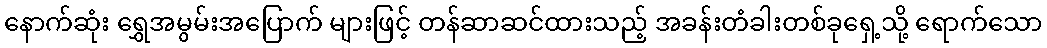
နောက်ဆုံး ရွှေအမွမ်းအပြောက် များဖြင့် တန်ဆာဆင်ထားသည့် အခန်းတံခါးတစ်ခုရှေ့သို့ ရောက်သော